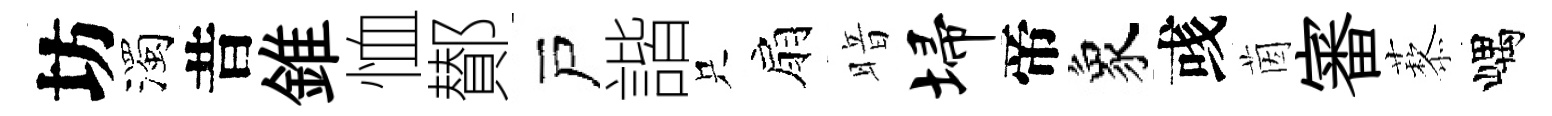
坊濁昔錐恤鄼戸諧只扇暗埽帝象彧茵審藜嵎